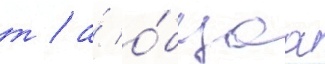
т / а́ о́бщаа